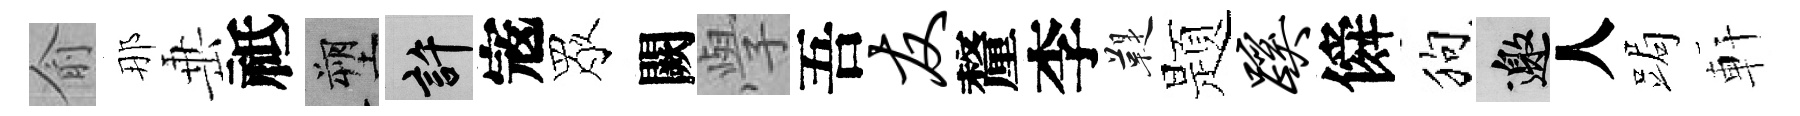
俞那𡸁祗塑許𡨥眾闕𭓕吾友釐李鞮题蹊僢狗邀人跼軒